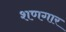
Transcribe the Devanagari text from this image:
शणगार